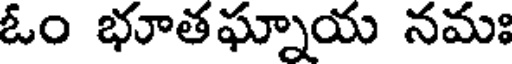
ఓం భూతఘ్నాయ నమః